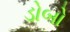
ડોબો